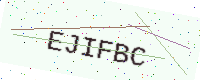
Text: EJIFBC